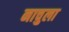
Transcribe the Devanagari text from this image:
नाचुला